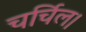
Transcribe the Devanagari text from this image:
चर्चिल।